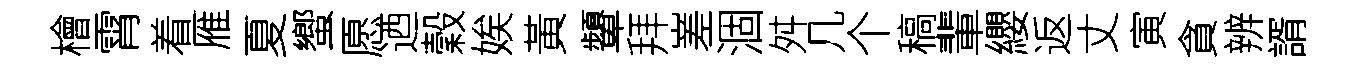
檜霄着雁夏蠁愿迺穀娭黃顰拜嵳涸舛几个稿輩纓返丈寅貪辨諝